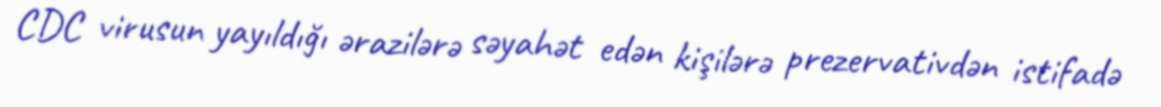
CDC virusun yayıldığı ərazilərə səyahət edən kişilərə prezervativdən istifadə